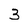
Character: 3